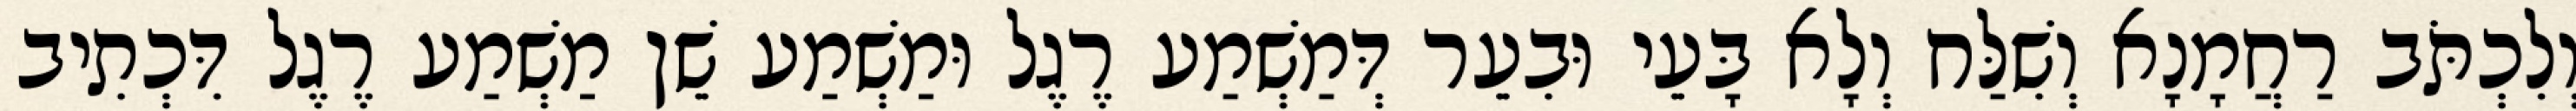
וְלִכְתֹּב רַחֲמָנָא וְשִׁלַּח וְלָא בָּעֵי וּבִעֵר דְּמַשְׁמַע רֶגֶל וּמַשְׁמַע שֵׁן מַשְׁמַע רֶגֶל דִּכְתִיב